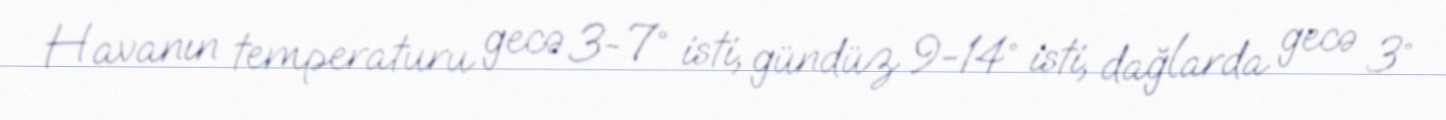
Havanın temperaturu gecə 3-7° isti, gündüz 9-14° isti, dağlarda gecə 3°